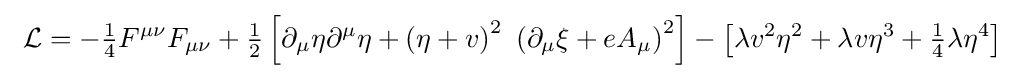
\ {\mathcal {L}}=-{\tfrac {1}{4}}F^{\mu \nu }F_{\mu \nu }+{\tfrac {1}{2}}\left[\partial _{\mu }\eta \partial ^{\mu }\eta +\left(\eta +v\right)^{2}\ \left(\partial _{\mu }\xi +eA_{\mu }\right)^{2}\right]-\left[\lambda v^{2}\eta ^{2}+\lambda v\eta ^{3}+{\tfrac {1}{4}}\lambda \eta ^{4}\right]~